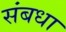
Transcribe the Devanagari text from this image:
संबधा